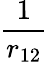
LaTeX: \frac{1}{r_{12}}